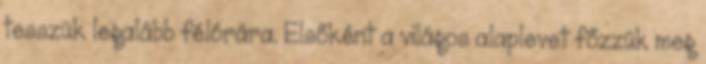
tesszük legalább félórára. Elsőként a világos alaplevet főzzük meg